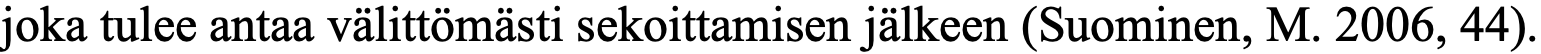
joka tulee antaa välittömästi sekoittamisen jälkeen (Suominen, M. 2006, 44).